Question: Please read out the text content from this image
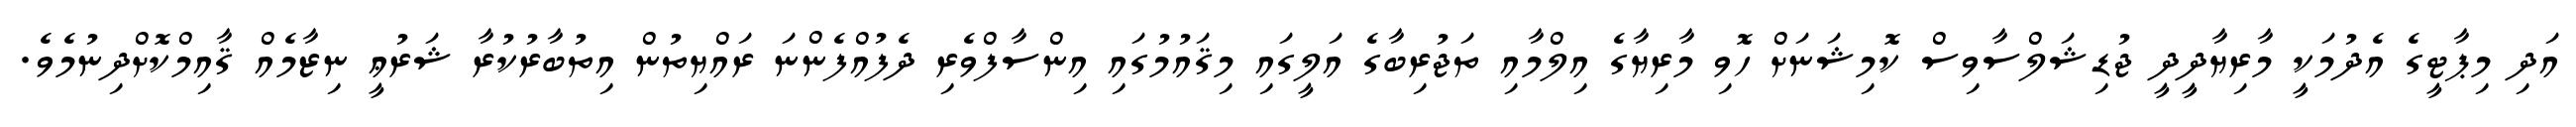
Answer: އަދި މިޕާޓީގެ އެދުމަކީ މާރިޔާދީދީ ޖުޑިޝަލްސާވިސް ކޮމިޝަނަށް ހޮވި މާރިޔާގެ އިލްމާއި ތަޖުރިބާގެ އަލީގައި މިޤައުމުގައި އިންސާފްވެރި ދެފުއްފެންނަ ރައްޔިތުން އިތުބާރުކުރާ ޝަރުޢީ ނިޒާމެއް ޤާއިމްކޮށްދިނުމެވެ.